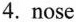
4.nose